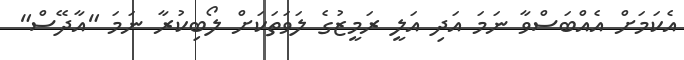
އެކަމަށް އެއްބަސްވާ ނަމަ އަދި އަލީ ރަމީޒުގެ ލަވަތަކަށް ލޯބިކުރާ ނަމަ "އާދޭސް"